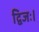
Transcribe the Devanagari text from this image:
द्विजः।